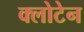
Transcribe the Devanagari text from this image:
क्लोटेन